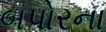
બપોરના